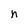
Character: n